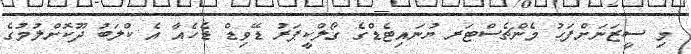
މި ސީޒަނަށްފަހު މެންޗެސްޓަރ ޔުނައިޓެޑްގެ ގޯލްކީޕަރު ޑޭވިޑް ޑެހެއާ އެ ކްލަބު ދޫކޮށްލުމުގެ